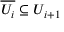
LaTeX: { \overline { { U _ { i } } } } \subseteq U _ { i + 1 }